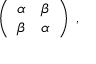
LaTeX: \left( \begin{array} { c c } { { \alpha } } & { { \beta } } \\ { { \beta } } & { { \alpha } } \end{array} \right) \; ,